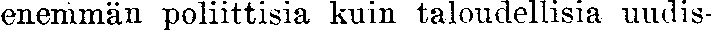
enemmän poliittisia kuin taloudellisia uudis-